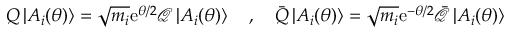
Q \left| A _ { i } ( \theta ) \right\rangle = \sqrt { m _ { i } } \mathrm { e } ^ { \theta / 2 } \mathcal { Q } \left| A _ { i } ( \theta ) \right\rangle \quad , \quad \bar { Q } \left| A _ { i } ( \theta ) \right\rangle = \sqrt { m _ { i } } \mathrm { e } ^ { - \theta / 2 } \bar { \mathcal { Q } } \left| A _ { i } ( \theta ) \right\rangle